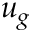
u _ { g }